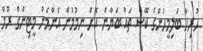
ހުރިހާ ބަލިމީހުންގެ ކޭސް ތައް ބަޔާން ކޮށް ނިމުމުން އެންމެން މީޓިންގް ރޫމް